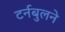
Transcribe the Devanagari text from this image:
टर्नबुलने